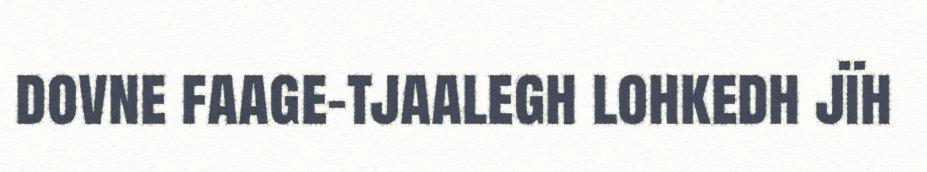
dovne faage-tjaalegh lohkedh jïh